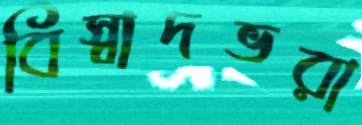
বিস্বাদভরা